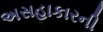
અસહાકારની